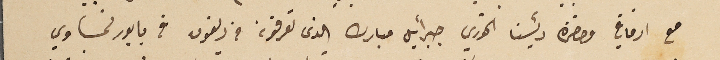
مع ارفاقي وحضرة رئيسنا الخوري جبرائيل مبارك الذى تعرفونه من ريفون في بابور نمساوي